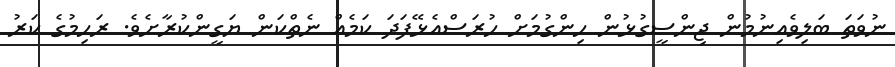
ނުވަތަ ބަލިވެއިނުމުން ޖިންސީގުޅުން ހިންގުމަށް ހުރަސްއެޅޭފަދަ ކަމެއް ނެތްކަން ޔަގީންކުރާށެވެ. ރަހިމުގެ ކަރު